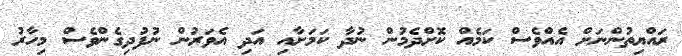
ރައްޔިތުންނަށް އެއްވެސް ކަމެއް ކޮށްދެމުން ނުދާ ކަމަށާއި އަދި އެވަރުން ނުފުދިގެންވެސް މިހާރު